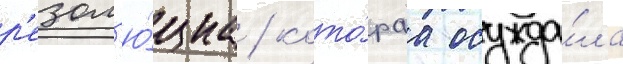
р'езол'ю́циа / кото́раа осужда́ла